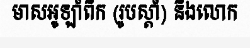
មាសអូឡាំពិក (រូបស្តាំ) និងលោក